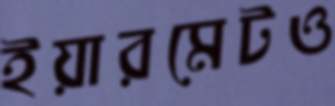
ইয়ারমেটও